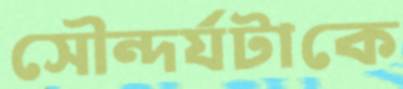
সৌন্দর্যটাকে